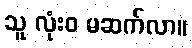
သူ လုံးဝ မဆက်လာ။